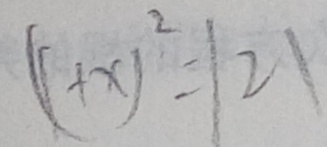
( 1 + x ) ^ { 2 } = 1 2 1